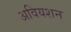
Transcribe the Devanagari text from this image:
अवियशन